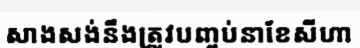
សាងសង់នឹងត្រូវបញ្ចប់នាខែសីហា